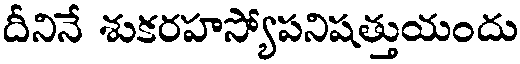
దీనినే శుకరహస్యోపనిషత్తుయందు